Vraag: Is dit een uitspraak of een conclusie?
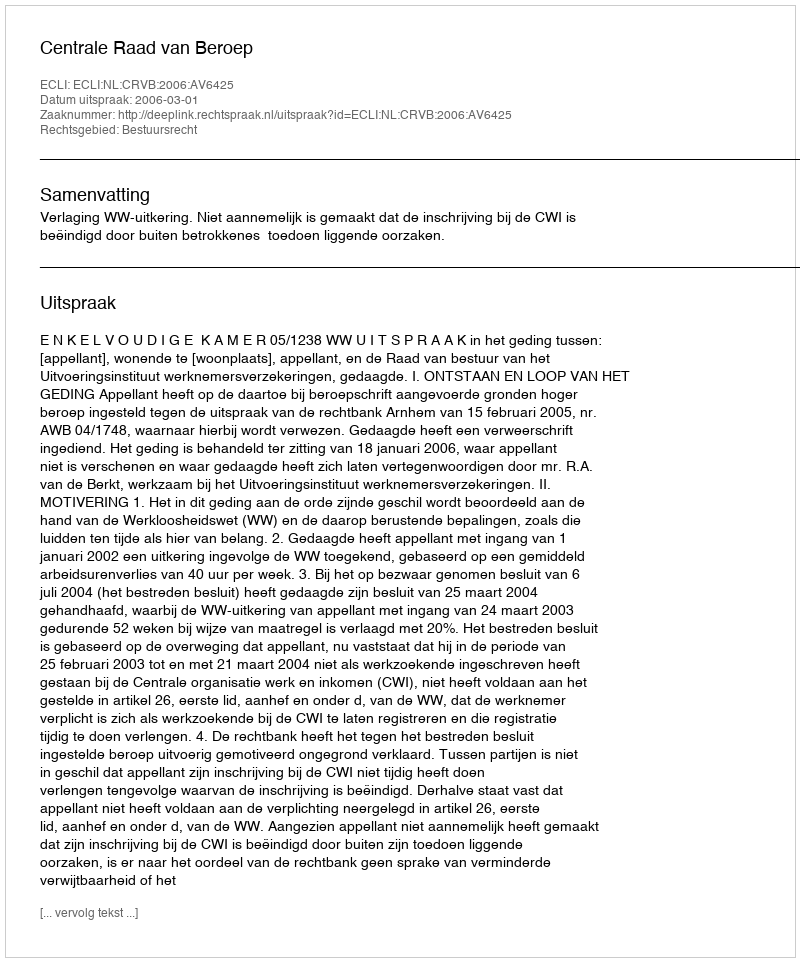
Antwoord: Uitspraak